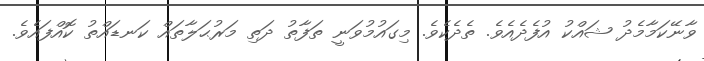
ވާނޭކަމާމެދު ޝައްކު އުފެދެއެވެ. ތެދެކެވެ. މިގައުމުވަނީ ތަފާތު ދަތި މަރުޙަލާތައް ކަނޑައްތު ކޮއްފައެވެ.